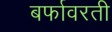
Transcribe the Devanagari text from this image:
बर्फावरती